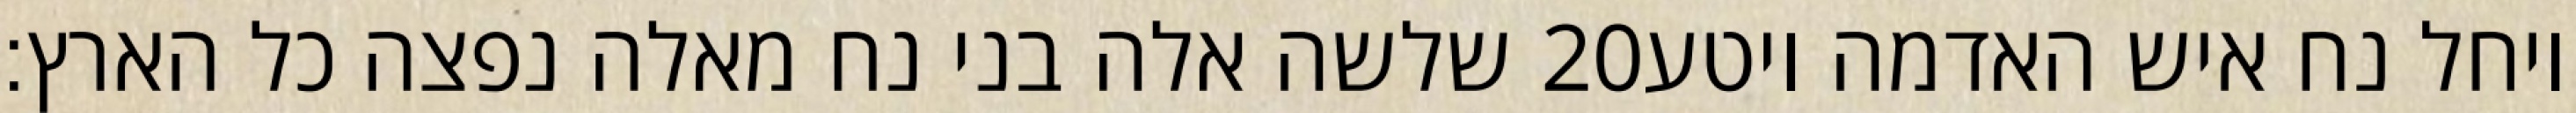
שלשה אלה בני נח מאלה נפצה כל הארץ׃ ‎20‏ ויחל נח איש האדמה ויטע